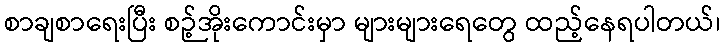
စာချစာရေးပြီး စဉ့်အိုးကောင်းမှာ များများရေတွေ ထည့်နေရပါတယ်၊